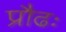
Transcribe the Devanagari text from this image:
प्रौढः